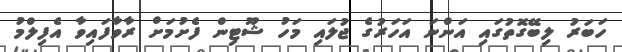
ހަބަރު ލިބޭގޮތުގައި އަންނަ އަހަރުގެ ޖުލައި މަހު ޝޫޓިން ފެށުމަށް ރާވާފައިވާ އެފިލްމު